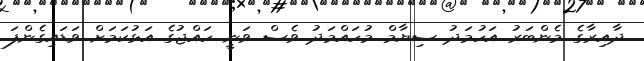
ދާއިރާގެ މެންބަރު އަހުމަދު ސިޔާމް މުހައްމަދު ވެސް ވަނީ ހައްޖުގެ އަޅުކަމަށް ވަޑައިގެންފަ